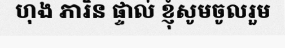
ហុង ភារិន ផ្ទាល់ ខ្ញុំសូមចូលរួម